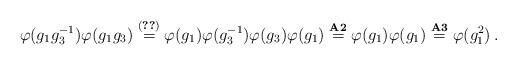
LaTeX: \begin{align*} \varphi (g_1 g^{-1}_3) \varphi (g_1 g_3) \overset{(\ref{eq:var-noncomm})}{=} \varphi (g_1) \varphi (g^{-1}_3) \varphi (g_3) \varphi (g_1) \overset{{\bf A2}}{=} \varphi (g_1) \varphi (g_1) \overset{{\bf A3}}{=} \varphi (g^{2}_1) \,.\end{align*}